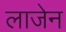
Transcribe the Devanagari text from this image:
लाजेन